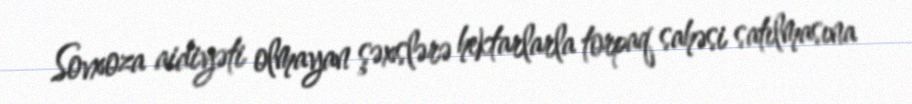
Sovxoza aidiyəti olmayan şəxslərə hektarlarla torpaq sahəsi satılmasına